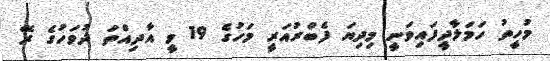
މުހީތު ހަމަލާދީފައިވަނީ މިދިޔަ ފެބްރުއަރީ މަހުގެ 19 ވީ އާދިއްތަ ދުވަހުގެ ރޭ